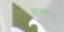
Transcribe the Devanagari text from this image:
करमा।